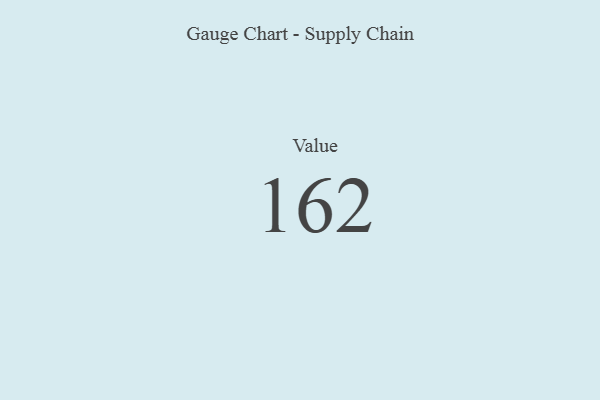
{"axis": {"x": "Metric", "y": "Value"}, "legend": [""], "data": [{"x": "Value", "y": 162, "type": ""}]}